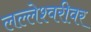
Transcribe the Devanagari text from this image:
लल्लेश्वरीवर